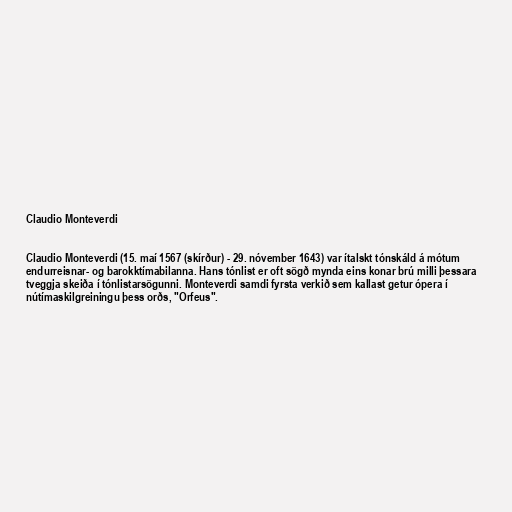
Claudio Monteverdi

Claudio Monteverdi (15. maí 1567 (skírður) - 29. nóvember 1643) var ítalskt tónskáld á mótum
endurreisnar- og barokktímabilanna. Hans tónlist er oft sögð mynda eins konar brú milli þessara
tveggja skeiða í tónlistarsögunni. Monteverdi samdi fyrsta verkið sem kallast getur ópera í
nútímaskilgreiningu þess orðs, "Orfeus".